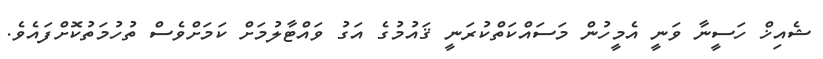
ޝެއިޚް ހަސީނާ ވަނީ އެމީހުން މަސައްކަތްކުރަނީ ޤައުމުގެ އަގު ވައްޓާލުމަށް ކަމަށްވެސް ތުހުމަތުކޮށްފައެވެ.